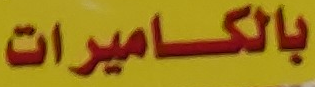
بالكاميرات